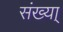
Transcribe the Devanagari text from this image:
संख्या्